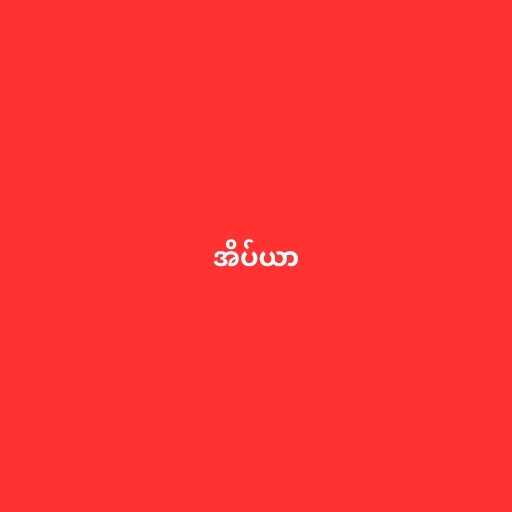
အိပ်ယာ